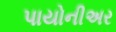
પાયોનીઅર